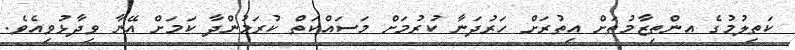
ކަތިލުމުގެ އންތިޒާމުތަށް އިތުރަށް ހަރުދަނާ ކުރުމަށް މަސައްކަތް ކުރަމުންދާ ކަމަށް އޭނާ ވިދާޅުވިއެވެ.